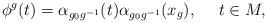
LaTeX: \begin{align*}\phi^g(t)=\alpha_{g_0g^{-1}}(t)\alpha_{g_0g^{-1}}(x_g),\ \ \ \ t\in M,\end{align*}